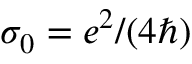
\sigma _ { 0 } = e ^ { 2 } / ( 4 \hbar )